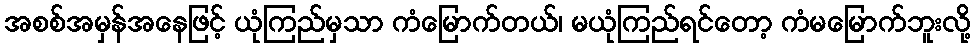
အစစ်အမှန်အနေဖြင့် ယုံကြည်မှသာ ကံမြောက်တယ်၊ မယုံကြည်ရင်တော့ ကံမမြောက်ဘူးလို့